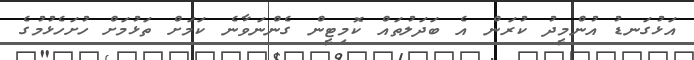
އަޅުގަނޑު އުންމީދު ކުރަން އެ ބަދަލުތައް ކޮމިޓީން ގެންނަވާނެ ކަމަށް ތަޅުމަށް ހުށަހެޅުމުގެ